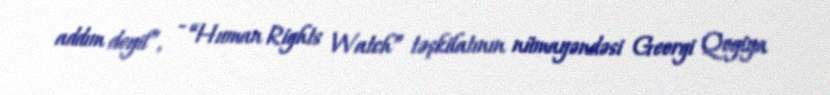
addım deyil”, - “Human Rights Watch” təşkilatının nümayəndəsi Georgi Qogiya